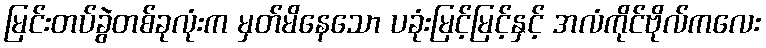
မြင်းတပ်ခွဲတစ်ခုလုံးက မှတ်မိနေသော ပခုံးမြင့်မြင့်နှင့် အလံကိုင်ဗိုလ်ကလေး